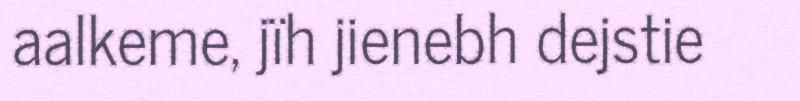
aalkeme, jïh jienebh dejstie